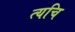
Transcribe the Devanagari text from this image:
त्यचि